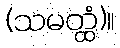
(သမတ္ထံ)။